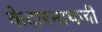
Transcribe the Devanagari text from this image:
केदारनाथजी